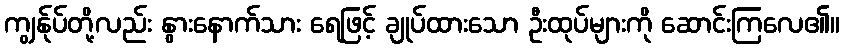
ကျွန်ုပ်တို့လည်း နွားနောက်သား ရေဖြင့် ချုပ်ထားသော ဦးထုပ်များကို ဆောင်းကြလေ၏။